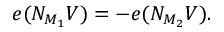
e ( N _ { M _ { 1 } } V ) = - e ( N _ { M _ { 2 } } V ) .